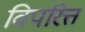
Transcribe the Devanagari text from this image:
विपरित्त